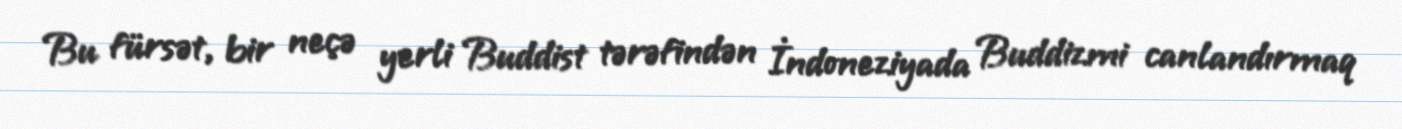
Bu fürsət, bir neçə yerli Buddist tərəfindən İndoneziyada Buddizmi canlandırmaq